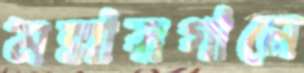
মল্লারগানে